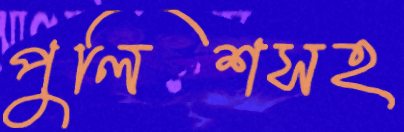
পুলিশসহ